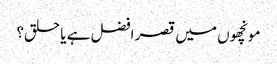
مونچھوں میں قصر افضل ہے یا حلق؟